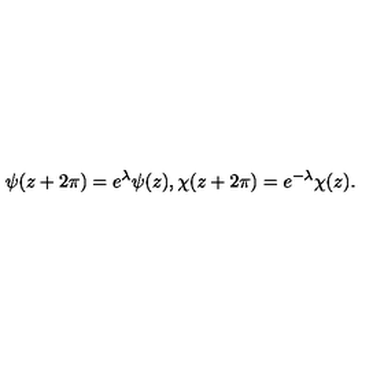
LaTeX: \psi ( z + 2 \pi ) = e ^ { \lambda } \psi ( z ) , \chi ( z + 2 \pi ) = e ^ { - \lambda } \chi ( z ) .